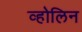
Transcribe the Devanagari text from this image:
व्होलिन